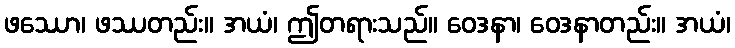
ဖဿော၊ ဖဿတည်း။ အယံ၊ ဤတရားသည်။ ဝေဒနာ၊ ဝေဒနာတည်း။ အယံ၊